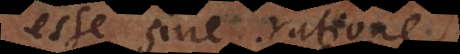
esse sine ratio